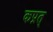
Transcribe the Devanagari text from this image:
कप्रत्